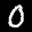
Label: 0